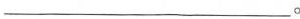
___。